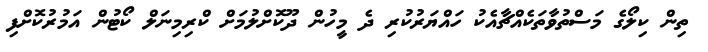
ތިން ކިލޯގެ މަސްތުވާތަކެއްޗާއެކު ހައްޔަރުކުރި ދެ މީހުން ދޫކޮށްލުމަށް ކްރިމިނަލް ކޯޓުން އަމުރުކޮށްފި